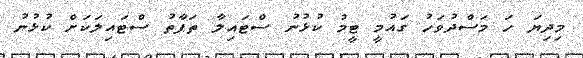
މިދިޔަ ހަ މަސްދުވަހު ގައުމީ ޓީމު ކުޅުނު ސްޓައިލާ ތަފާތު ސްޓައިލަކަށް ކުޅުނު